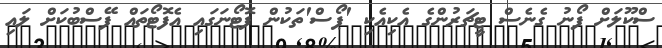
ސްކޫލަށް ފޯނު ގެނެސް ޓީޗަރުންގެ އެކިއެކި 'ޕޯސް'ތަކުން ފޮޓޯނަގައި އެފޮޓޯތައް ފޭސްބުކަށް ލައި